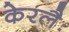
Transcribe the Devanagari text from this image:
केरलैः